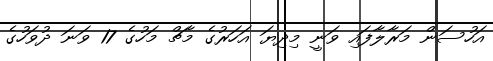
އަހުސަން މަރާލާފައި ވަނީ މިދިޔަ އަހަރުގެ މާޗް މަހުގެ 17 ވަނަ ދުވަހުގެ